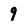
Character: 9